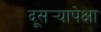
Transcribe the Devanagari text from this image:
दूसर्‍यापेक्षा